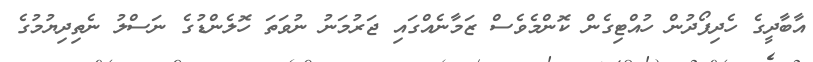
އާބާދީގެ ހެދިފޯދުން ހުއްޓިގެން ކޮންމެވެސް ޒަމާނެއްގައި ޖަރުމަނު ނުވަތަ ހޮލެންޑުގެ ނަސްލު ނެތިދިޔުމުގެ